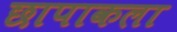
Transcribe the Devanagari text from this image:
छापाकला